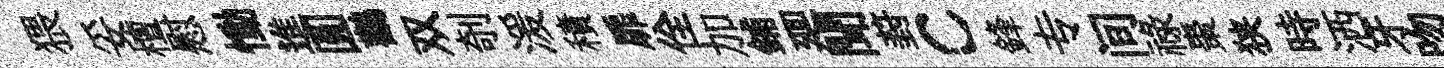
猥妥檀慰慟進圓鸛双剞湲積扉佺加鋪廽聞葑c鋒专间禄棗狭時洒牙吻